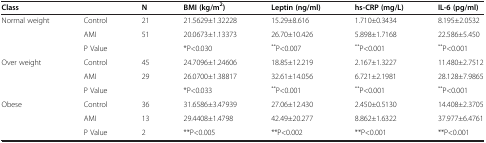
<table><thead><tr><td colspan="2"><b>Class</b></td><td><b>N</b></td><td><b>BMI (kg/m<sup>2</sup>)</b></td><td><b>Leptin (ng/ml)</b></td><td><b>hs-CRP (mg/L)</b></td><td><b>IL-6 (pg/ml)</b></td></tr></thead><tbody><tr><td rowspan="3">Normal weight</td><td>Control</td><td>21</td><td>21.5629±1.32228</td><td>15.29±8.616</td><td>1.710±0.3434</td><td>8.195±2.0532</td></tr><tr><td>AMI</td><td>51</td><td>20.0673±1.13373</td><td>26.70±10.426</td><td>5.898±1.7168</td><td>22.586±5.450</td></tr><tr><td>P Value</td><td> </td><td>*P&lt;0.030</td><td><sup>**</sup>P&lt;0.007</td><td><sup>**</sup>P&lt;0.001</td><td><sup>**</sup>P&lt;0.001</td></tr><tr><td rowspan="3">Over weight</td><td>Control</td><td>45</td><td>24.7096±1.24606</td><td>18.85±12.219</td><td>2.167±1.3227</td><td>11.480±2.7512</td></tr><tr><td>AMI</td><td>29</td><td>26.0700±1.38817</td><td>32.61±14.056</td><td>6.721±2.1981</td><td>28.128±7.9865</td></tr><tr><td>P Value</td><td> </td><td>*P&lt;0.033</td><td><sup>**</sup>P&lt;0.001</td><td><sup>**</sup>P&lt;0.001</td><td><sup>**</sup>P&lt;0.001</td></tr><tr><td>Obese</td><td>Control</td><td>36</td><td>31.6586±3.47939</td><td>27.06±12.430</td><td>2.450±0.5130</td><td>14.408±2.3705</td></tr><tr><td> </td><td>AMI</td><td>13</td><td>29.4408±1.4798</td><td>42.49±20.277</td><td>8.862±1.6322</td><td>37.977±6.4761</td></tr><tr><td> </td><td>P Value</td><td>2</td><td>**P&lt;0.005</td><td>**P&lt;0.002</td><td>**P&lt;0.001</td><td>**P&lt;0.001</td></tr></tbody></table>